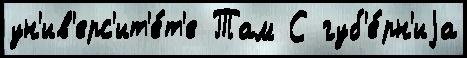
ун'ив'ерс'ит'е́т'е Там С губ'е́рн'иjа